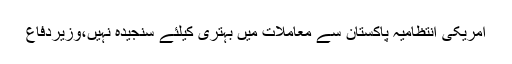
امریکی انتظامیہ پاکستان سے معاملات میں بہتری کیلئے سنجیدہ نہیں،وزیردفاع